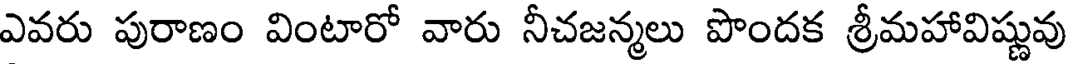
ఎవరు పురాణం వింటారో వారు నీచజన్మలు పొందక శ్రీమహావిష్ణువు